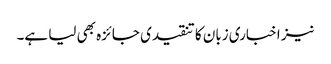
نیز اخباری زبان کا تنقیدی جائزہ بھی لیا ہے۔